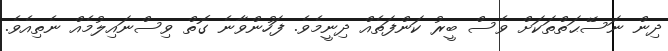
ދިން ނަސޭޙަތްތަކަށް ވެސް ބީރު ކަންފަތެއް ދިނީމެވެ. ފަހުންވާނެ ގޮތް ވިސްނައިލުމެއް ނެތިއެވެ.